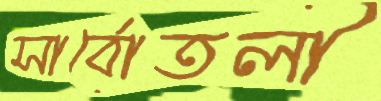
সার্বোতলী